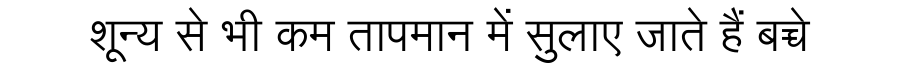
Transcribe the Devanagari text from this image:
शून्य से भी कम तापमान में सुलाए जाते हैं बच्चे